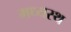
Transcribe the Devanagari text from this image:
मध्‍यस्‍थ